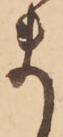
ま